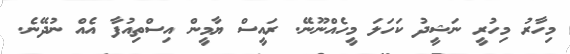
މިހާރު މިހުރީ ނަޝީދު ކަހަލަ މީހެއްނޫނޭ. ރައީސް ޔާމީން އިސްތިއުފާ އެއް ނުދޭނެ.